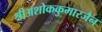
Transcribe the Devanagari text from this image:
श्रीअशोककुमारजैन